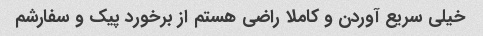
خیلی سریع آوردن و کاملا راضی هستم از برخورد پیک و سفارشم